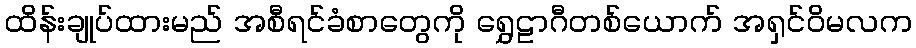
ထိန်းချုပ်ထားမည် အစီရင်ခံစာတွေကို ရွှေဠာဂီတစ်ယောက် အရှင်ဝိမလက